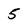
Character: 5